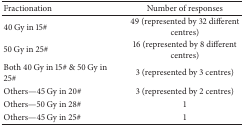
<table><thead><tr><td><b>Fractionation</b></td><td><b>Number of responses</b></td></tr></thead><tbody><tr><td>40 Gy in 15#</td><td>49 (represented by 32 different centres)</td></tr><tr><td>50 Gy in 25#</td><td>16 (represented by 8 different centres)</td></tr><tr><td>Both 40 Gy in 15# &amp; 50 Gy in 25#</td><td>3 (represented by 3 centres)</td></tr><tr><td>Others—45 Gy in 20#</td><td>3 (represented by 2 centres)</td></tr><tr><td>Others—50 Gy in 28#</td><td>1</td></tr><tr><td>Others—45 Gy in 25#</td><td>1</td></tr></tbody></table>